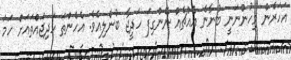
އަހަރެން މިހުންނަނީ ބުނާނެ އެއްޗެއް ނޭންގިފަ ހަދީޖާ ބުނެލިއެވެ. އެހެންތަ ހަދިޖައްތައަށް ހަމަ